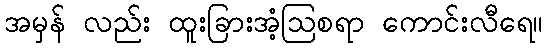
အမှန် လည်း ထူးခြားအံ့ဩစရာ ကောင်းလီရေ။